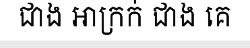
ជាង អាក្រក់ ជាង គេ